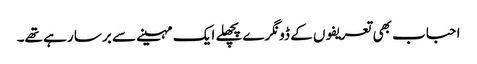
احباب بھی تعریفوں کے ڈونگرے پچھلے ایک مہینے سے برسا رہے تھے۔